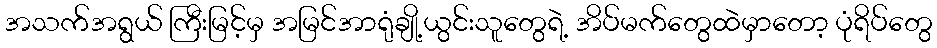
အသက်အရွယ် ကြီးမြင့်မှ အမြင်အာရုံချို့ယွင်းသူတွေရဲ့ အိပ်မက်တွေထဲမှာတော့ ပုံရိပ်တွေ